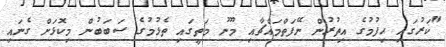
"ކަރުގައި ހިފުމުގެ އިތުރުން ނޭފަތްމައްޗާއި މޫނު މަތީގައި ތެޅުމުގެ ސަބަބުން މިކޮޅަށް ގެނައި